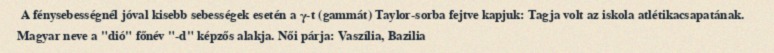
A fénysebességnél jóval kisebb sebességek esetén a γ-t (gammát) Taylor-sorba fejtve kapjuk: Tagja volt az iskola atlétikacsapatának. Magyar neve a "dió" főnév "-d" képzős alakja. Női párja: Vaszília, Bazilia